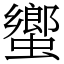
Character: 蠁